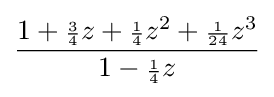
{\frac {1+{\scriptstyle {\frac {3}{4}}}z+{\scriptstyle {\frac {1}{4}}}z^{2}+{\scriptstyle {\frac {1}{24}}}z^{3}}{1-{\scriptstyle {\frac {1}{4}}}z}}